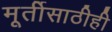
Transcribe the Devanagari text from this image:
मूर्तीसाठीही